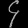
Digit: ၄